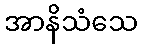
အာနိသံသေ